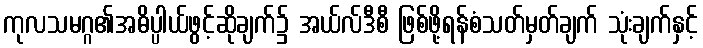
ကုလသမဂ္ဂ၏အဓိပ္ပါယ်ဖွင့်ဆိုချက်၌ အယ်လ်ဒီစီ ဖြစ်ဖို့ရန်စံသတ်မှတ်ချက် သုံးချက်နှင့်